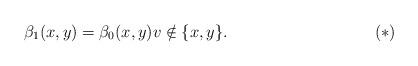
LaTeX: \begin{align*}\beta_{1}(x,y)=\beta_{0}(x,y)v\notin\{x,y\}. \tag{$\ast$}\end{align*}